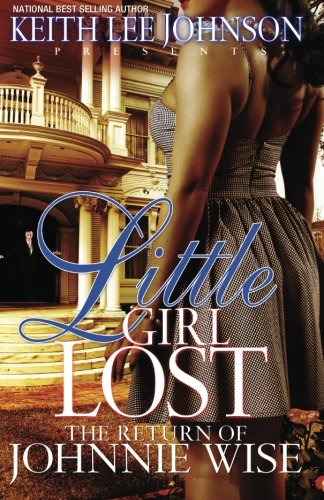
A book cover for Little Girl Lost: The Return of Johnnie Wise; Keith Lee Johnson; Romance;